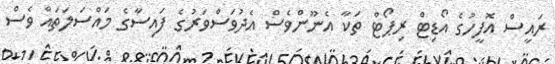
ރައީސް އޮފީހުގެ އޯޑިޓް ރިޕޯޓް ތަކާ އެނޫންވެސް އެދުވަސްވަރުގެ ފައިސާގެ މައްސަލަތައް ވެސް